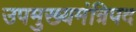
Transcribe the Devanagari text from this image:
उपमुख्यमंत्रिपद